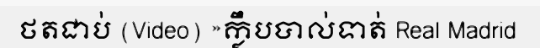
ថតជាប់ (Video) »ក្លឹបបាល់ទាត់ Real Madrid